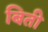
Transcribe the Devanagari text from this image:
बिती